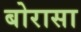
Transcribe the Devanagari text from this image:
बोरासा